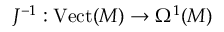
J ^ { - 1 } : { \mathrm { V e c t } } ( M ) \to \Omega ^ { 1 } ( M )